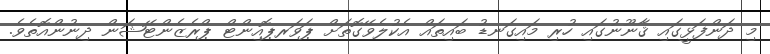
މި ދަންފަޅީގައި ޤާނޫނުގައި ހުރި މައިގަނޑު ބައިތައް އެކުލެވޭގޮތަށް ޕަވަރޕޮއިންޓް ޕްރެޒެންޓޭޝަން ދިނުންއޮތެވެ.